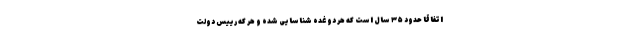
اتفاقاً حدود ۳۵ سال است که هر دو غده شناسایی شده و هر که رییس دولت